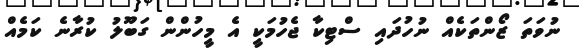
ނުވަތަ ޒޯންތަކެއް ނުހުދައި ސްޓިކާ ޖެހުމަކީ އެ މީހުންން ގަބޫލު ކުރާނެ ކަމެއް